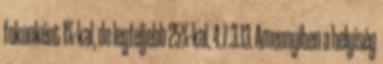
fokonként 1%-kal, de legfeljebb 25%-kal. 4.7.3.13. Amennyiben a helyiség